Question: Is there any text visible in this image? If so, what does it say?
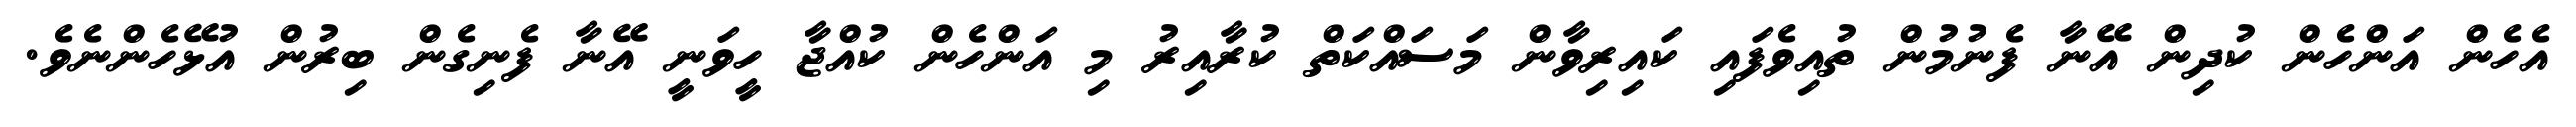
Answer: އެހެން އަންހެން ކުދިން އޭނާ ފެނުމުން ތުއިވެފައި ކައިރިވާން މަސައްކަތް ކުރާއިރު މި އަންހެން ކުއްޖާ ހީވަނީ އޭނާ ފެނިގެން ބިރުން އުޅޭހެންނެވެ.